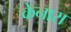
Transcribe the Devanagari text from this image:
केनारा